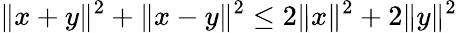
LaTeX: \| x+y\| ^{2}+\| x-y\| ^{2}\leq 2\| x\| ^{2}+2\| y\| ^{2}